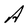
Character: A